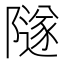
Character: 隧